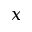
x